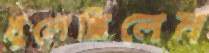
খুলেছিলেম